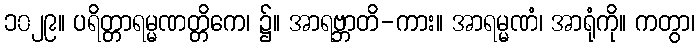
၁၀၂၉။ ပရိတ္တာရမ္မဏတ္တိကေ၊ ၌။ အာရဗ္ဘာတိ-ကား။ အာရမ္မဏံ၊ အာရုံကို။ ကတွာ၊